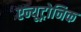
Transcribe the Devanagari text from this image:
एन्यूट्रोनिक